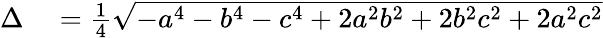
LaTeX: \begin{array}{rl}{\Delta}&{{}={\frac{1}{4}}{\sqrt{-a^{4}-b^{4}-c^{4}+2a^{2}b^{2}+2b^{2}c^{2}+2a^{2}c^{2}}}}\end{array}